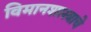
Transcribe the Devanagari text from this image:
विमानशास्त्राचे